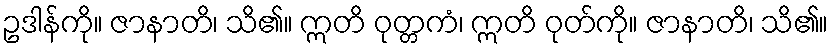
ဥဒါန်ကို။ ဇာနာတိ၊ သိ၏။ ဣတိ ဝုတ္တကံ၊ ဣတိ ဝုတ်ကို။ ဇာနာတိ၊ သိ၏။